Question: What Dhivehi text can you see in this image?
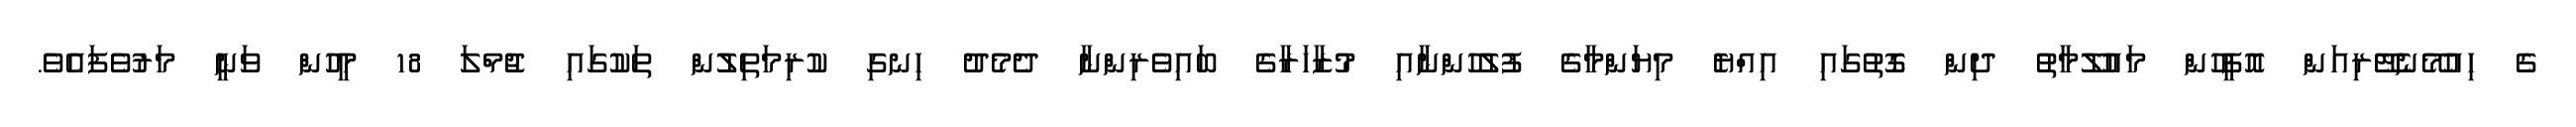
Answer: ގެ ހިއުމޭނެޓޭރިއަން އޮފީހުން މައުލޫމާތު ދިން ގޮތުގައި އިއްޔެ މިޔަންމާގެ ފުލުހުންނާއި މުޒާހަރާގެ ބައިވެރިންނާ ދެމެދު ހިނގި ކުރިމަތިލުން ތަކުގައި ޖުމްލަ 18 މީހުން ވަނީ މަރުވެފައެވެ.